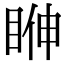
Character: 𥆓